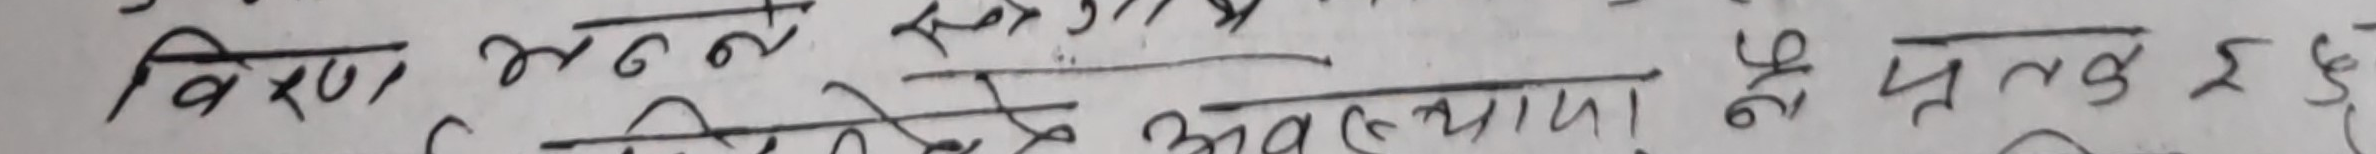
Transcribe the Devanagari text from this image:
विषय मन्नु र महामहिम नेपाल प्रत्याशा